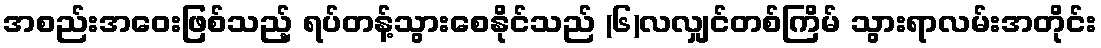
အစည်းအဝေးဖြစ်သည့် ရပ်တန့်သွားစေနိုင်သည် (၆)လလျှင်တစ်ကြိမ် သွားရာလမ်းအတိုင်း